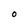
Character: O